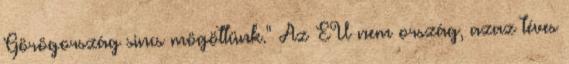
Görögország sincs mögöttünk." Az EU nem ország, azaz téves